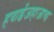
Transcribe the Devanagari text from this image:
हवाईजहाजाचा